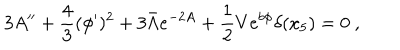
3 A ^ { \prime \prime } + \frac { 4 } { 3 } ( \phi ^ { \prime } ) ^ { 2 } + 3 \bar { \Lambda } e ^ { - 2 A } + \frac { 1 } { 2 } V e ^ { b \phi } \delta ( x _ { 5 } ) = 0 ~ ,